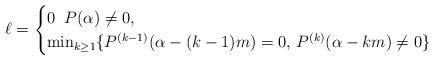
LaTeX: \begin{align*}\ell=\begin{cases} 0 \; \;P(\alpha)\neq 0,\\ \min_{k\geq 1}\{P^{(k-1)}(\alpha-(k-1)m)=0,\,P^{(k)}(\alpha-km)\neq 0 \} \; \end{cases}\end{align*}